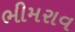
ભીમરાવ